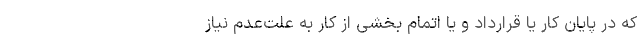
که در پایان کار یا قرارداد و یا اتمام بخشی از کار به علت‌عدم نیاز